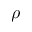
\rho